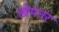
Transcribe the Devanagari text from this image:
खेमनर